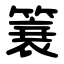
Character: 簔